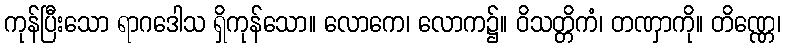
ကုန်ပြီးသော ရာဂဒေါသ ရှိကုန်သော။ လောကေ၊ လောက၌။ ဝိသတ္တိကံ၊ တဏှာကို။ တိဏ္ဏေ၊